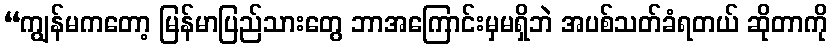
“ကျွန်မကတော့ မြန်မာပြည်သားတွေ ဘာအကြောင်းမှမရှိဘဲ အပစ်သတ်ခံရတယ် ဆိုတာကို